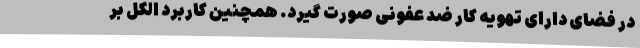
در فضای دارای تهویه کار ضد عفونی صورت گیرد. همچنین کاربرد الکل بر